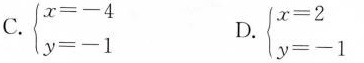
C.\begin {cases}